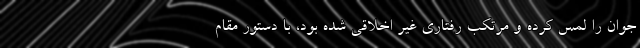
جوان را لمس کرده و مرتکب رفتاری غیر اخلاقی شده بود، با دستور مقام